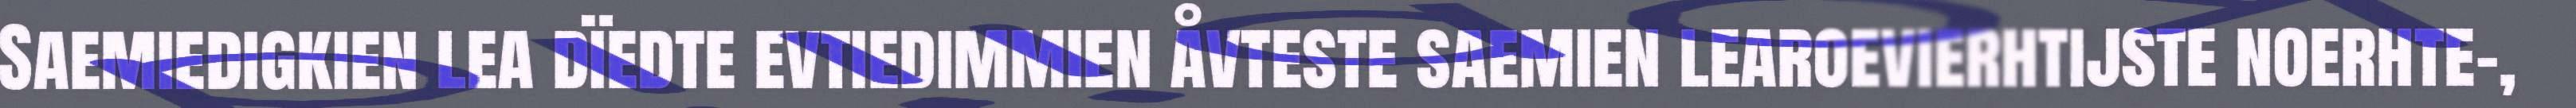
Saemiedigkien lea dïedte evtiedimmien åvteste saemien learoevierhtijste noerhte-,